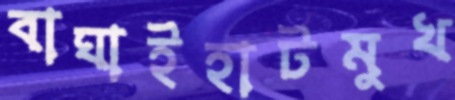
বাঘাইহাটমুখ